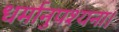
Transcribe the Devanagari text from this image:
धर्मानुपश्यना।